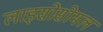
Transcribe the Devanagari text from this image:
लाइसोसोमल